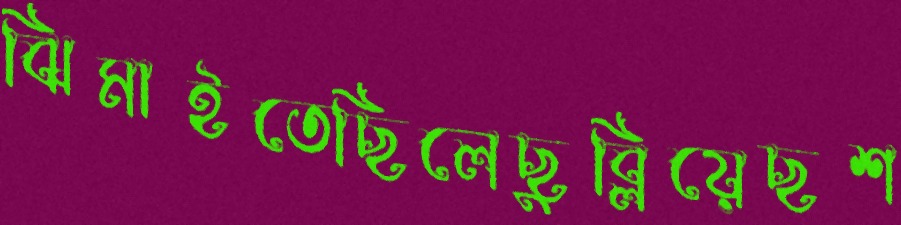
ঝিমাইতেছিলেছুব্‌লিয়েছশ